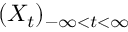
( X _ { t } ) _ { - \infty < t < \infty }